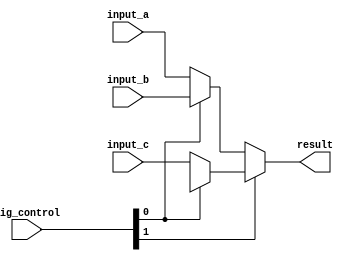
module THREE_MUX (
  input  wire [1:0]      sig_control,
  input  wire [size-1:0] input_a,
  input  wire [size-1:0] input_b,
  input  wire [size-1:0] input_c,
  output wire [size-1:0] result
  );

  parameter size = 32;

  // Used to output undefined value
  reg [size-1:0] undef;

  assign result = sig_control[1] ? (sig_control[0] == 1 ? undef : input_c) : (sig_control[0] ? input_b : input_a);

endmodule